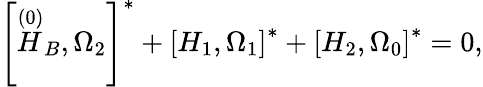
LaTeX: \left[\stackrel{\left(0\right)}{H}_{B},\Omega_{2}\right]^{*}+\left[H_{1},\Omega_{1}\right]^{*}+\left[H_{2},\Omega_{0}\right]^{*}=0,